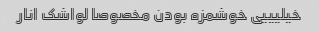
خیلیییی خوشمزه بودن مخصوصا لواشک انار